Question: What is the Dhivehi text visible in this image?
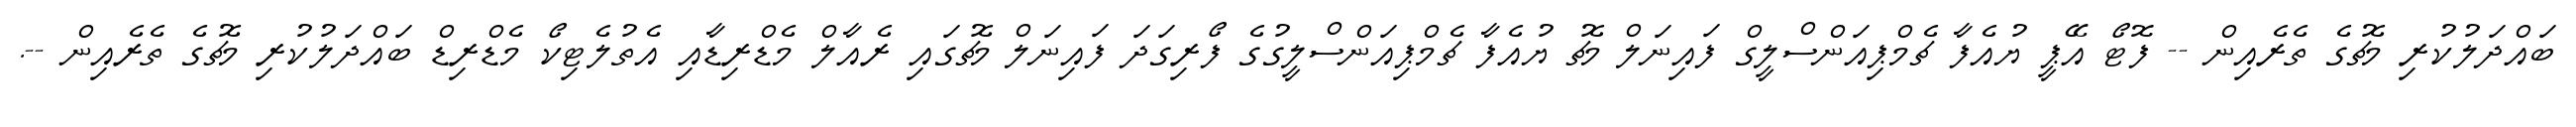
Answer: ބައްދަލުކުރި މެޗުގެ ތެރެއިން -- ފޮޓޯ އޭޕީ ޔުއެފާ ޗެމްޕިއަންސްލީގް ފައިނަލް މެޗު ޔުއެފާ ޗެމްޕިއަންސްލީގުގެ ފޯރިގަދަ ފައިނަލް މެޗުގައި ރެއާލް މެޑްރިޑާއި އެތުލެޓިކޯ މެޑްރިޑް ބައްދަލުކުރި މެޗުގެ ތެރެއިން --.